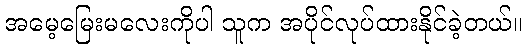
အမေ့မြေးမလေးကိုပါ သူက အပိုင်လုပ်ထားနိုင်ခဲ့တယ်။